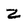
Character: z